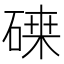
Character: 𥔫